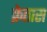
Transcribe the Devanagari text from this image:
फ्रेतास